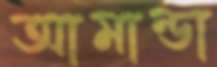
আমান্ডা